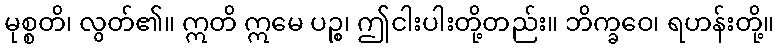
မုစ္စတိ၊ လွတ်၏။ ဣတိ ဣမေ ပဉ္စ၊ ဤငါးပါးတို့တည်း။ ဘိက္ခဝေ၊ ရဟန်းတို့။